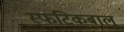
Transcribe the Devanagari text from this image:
स्फटिकबालू